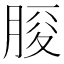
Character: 𦜒